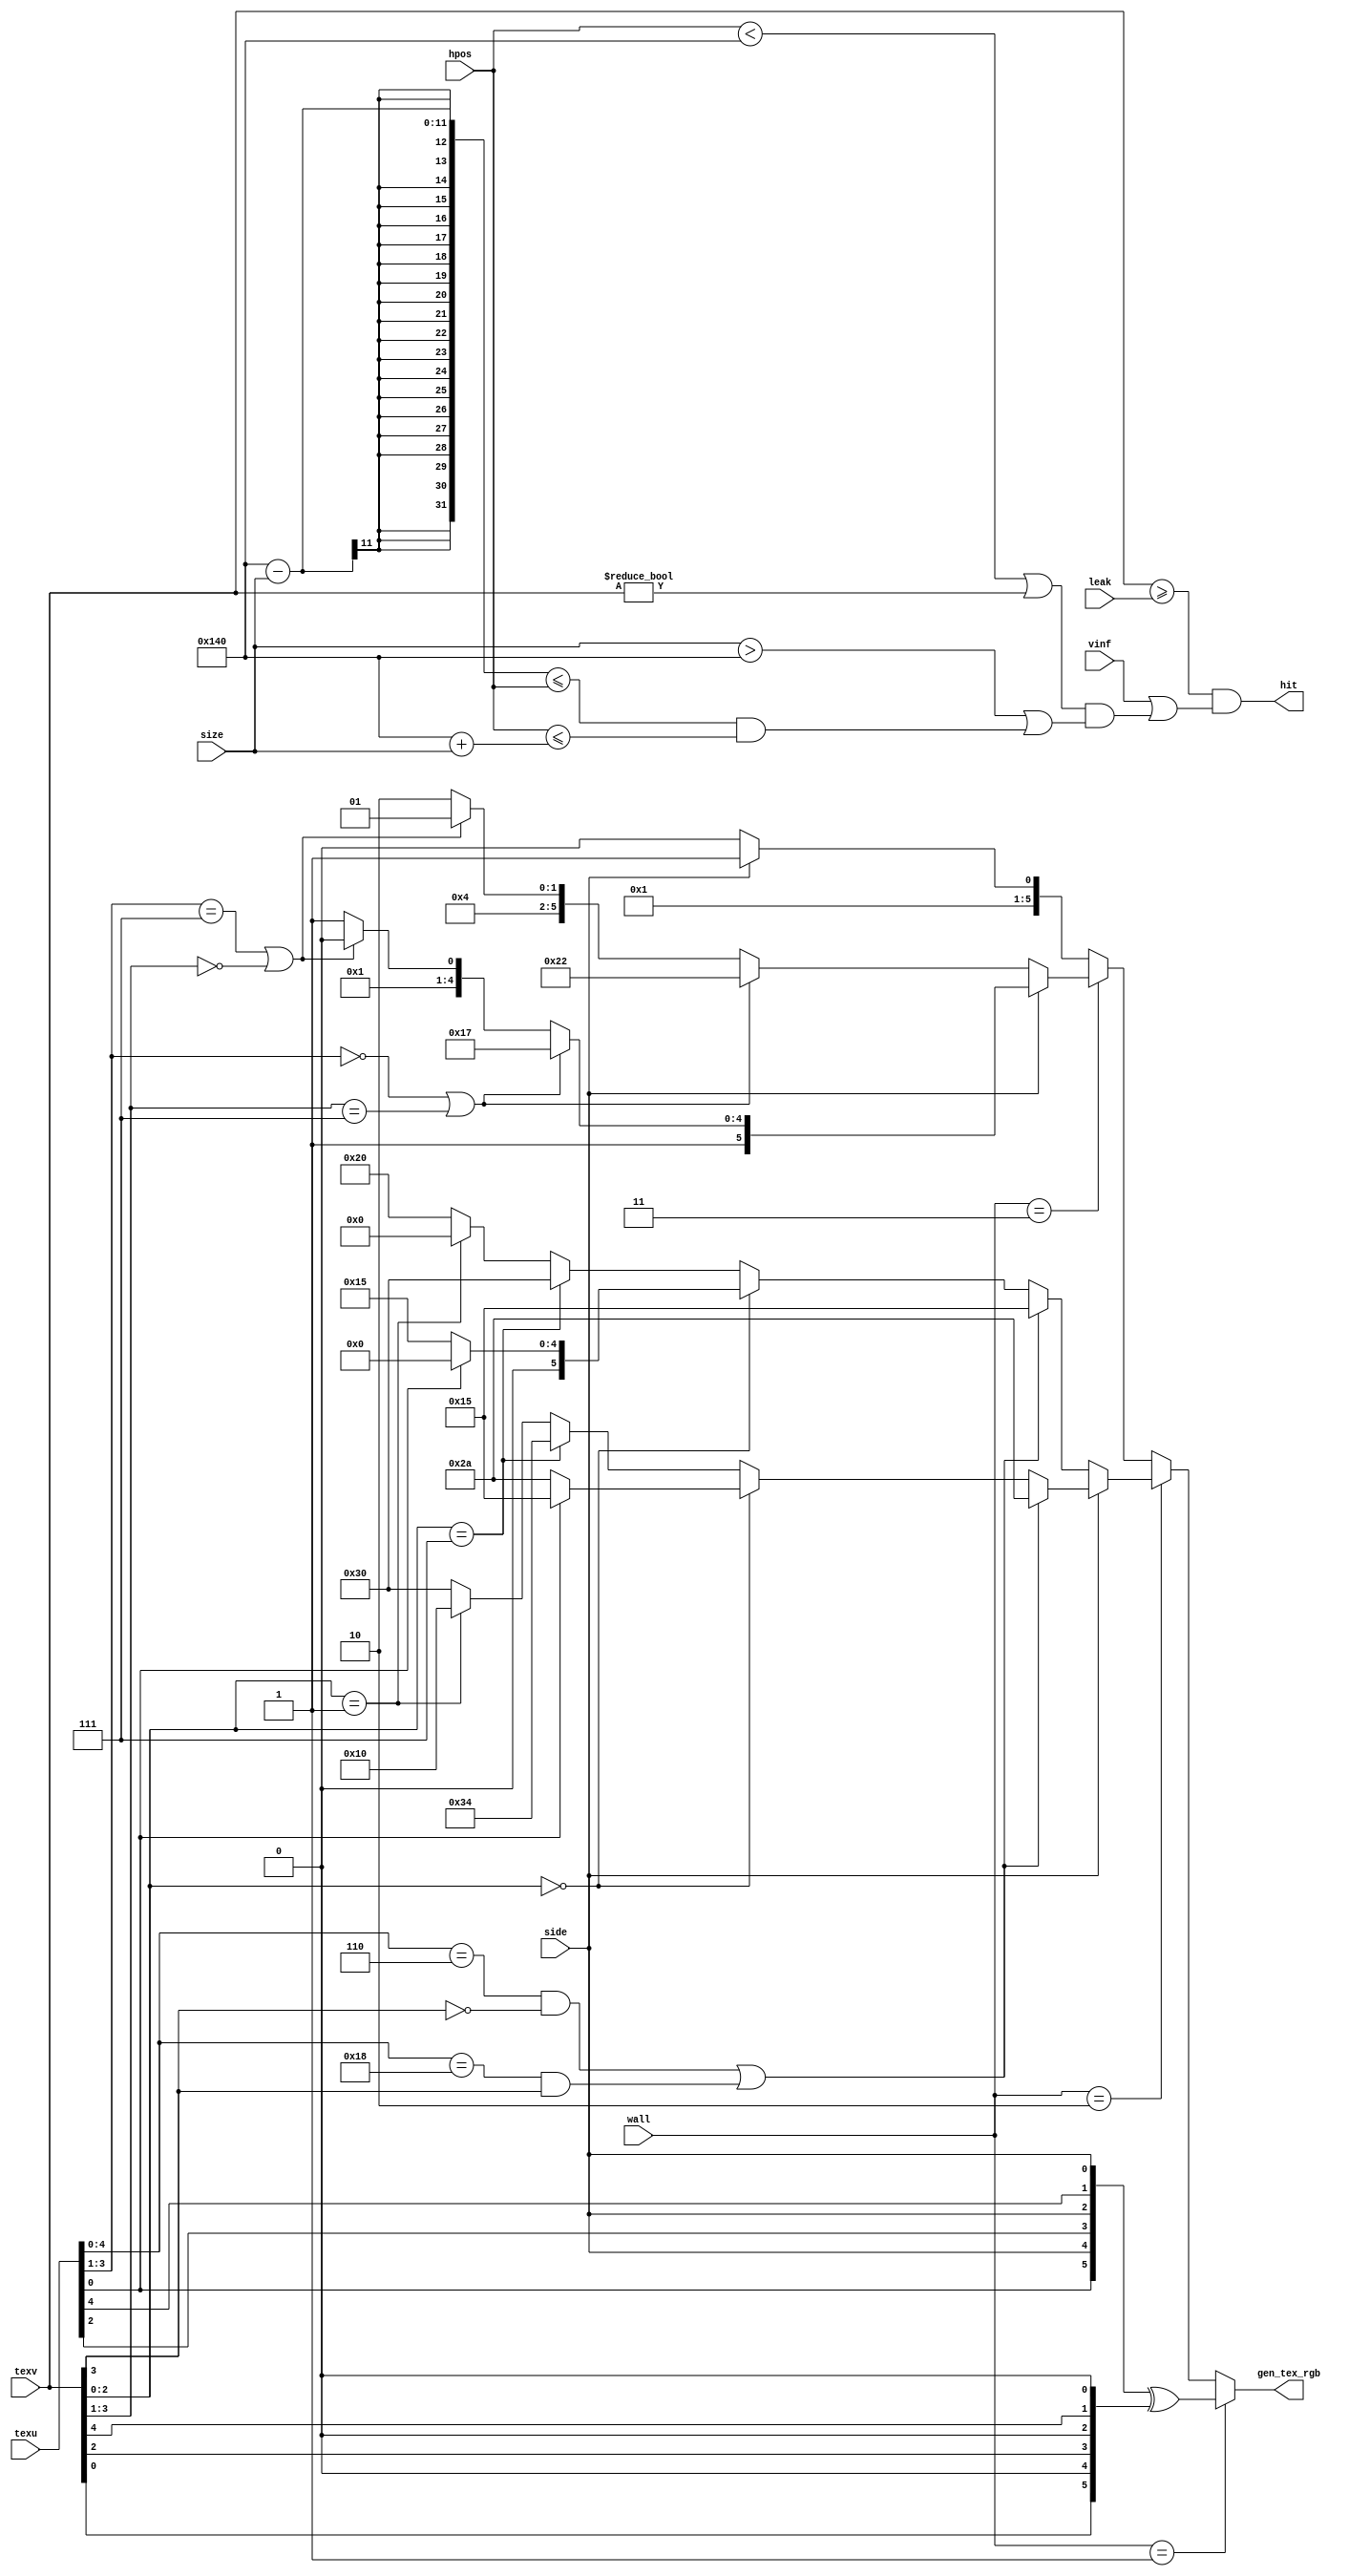
`default_nettype none
// `timescale 1ns / 1ps

module p08_row_render #(
  parameter H_VIEW = 640
) (
  input wire  [1:0] wall, // Wall texture ID.
  input wire        side, // Light or dark side? side==1 is light.
  input wire [10:0] size, // Supports 0..2047; remember this is mirrored, too.
  input wire  [9:0] hpos, // Current horizontal trace position.
  input wire  [5:0] texu, // Texture 'u' coordinate, 0..63
  input wire  [5:0] texv, // Texture 'v' coordinate, 0..63
  input wire        vinf, // Infinite V mode?
  input wire  [5:0] leak, // How far up the wall does the 'floor leak'? 0 is normal (no leak).
  output wire [5:0] gen_tex_rgb,  // Bitwise-generated texture, if desired. //NOTE: BBGGRR bit order.
  output wire hit         // Are we in this row or not?
);
  localparam HALF_SIZE = H_VIEW/2;
  //SMELL: Instead of combo logic, could use a register and check for enter/leave:
  assign hit =
    (texv >= leak) &                      // 'Leaking' means background is visible instead of texture, up to 'leak' point. Can fake 'wading'.
    (vinf | (
      (hpos < HALF_SIZE || texv != 6'd0 ) & // Fix texture overflow; i.e. texv can't wrap around to 0 beyond the half-size point.
      (
        (size > HALF_SIZE) ||               // If texture is taller than the screen itself, it's always visible.
        // 1'b1 || // Infinite wall height.
        ((HALF_SIZE-size <= {1'b0,hpos}) && ({1'b0,hpos} <= HALF_SIZE+size))
      )
    ));

  // The following is just some bitwise maths to generate textures IF we don't have an external
  // texture memory via SPI, and just want something to show off/test:
  assign gen_tex_rgb =
    // Fancy colourful XOR pattern:
    wall == 1 ? ({texu[0],side,texu[2],side,texu[4],side} ^ {texv[0],1'b0,texv[2],1'b0,texv[4],1'b0}): // Fancy.
    // Blue bricks:
    wall == 2 ? (side ?
                  ( // Light side.
                    ((texu[4:0]==6&&texv[3]==0) || (texu[4:0]==24&&texv[3]==1)) ? 6'b10_10_10 : // Mortar
                    (texv[2:0]==0) ? (texu[0] ? 6'b01_01_01 : 6'b10_10_10) : // Brick shadow.
                    (texv[2:0]==7) ? 6'b11_01_00 : // Top sheen.
                    (texv[2:0]==1) ? 6'b01_00_00 : // Bottom shade.
                    6'b11_00_00
                  ):( // Dark side.
                    ((texu[4:0]==6&&texv[3]==0) || (texu[4:0]==24&&texv[3]==1)) ? 6'b01_01_01 : // Mortar
                    (texv[2:0]==0) ? (texu[0] ? 6'b00_00_00 : 6'b01_01_01) : // Brick shadow.
                    (texv[2:0]==7) ? 6'b11_00_00 : // Top sheen.
                    (texv[2:0]==1) ? 6'b00_00_00 : // Bottom shade.
                    6'b10_00_00
                  )
                ):
    // Purple panels:
    wall == 3 ? (side ?
                  ( // Light side.
                    (texu[3:1]==0 || texv[3:1]==7) ? 6'b11_01_11 : // Bright bevel.
                    (texu[3:1]==7 || texv[3:1]==0) ? 6'b10_00_10 : // Shadow bevel.
                    6'b10_00_11 // Panel middle.
                  ):( // Dark side.
                    (texu[3:1]==0 || texv[3:1]==7) ? 6'b10_00_10 : // Bright bevel.
                    (texu[3:1]==7 || texv[3:1]==0) ? 6'b01_00_01 : // Shadow bevel.
                    6'b01_00_10 // Panel middle.
                  )
                ): // Purple, with borders
    /*wall==0?*/(side ? 6'b00_00_11 : 6'b00_00_10); // Red.

endmodule